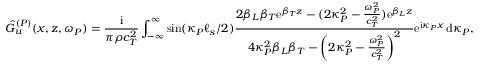
\hat { G } _ { u } ^ { ( P ) } ( x , z , \omega _ { P } ) = \frac { \mathrm { i } } { \pi \rho c _ { T } ^ { 2 } } \int _ { - \infty } ^ { \infty } \sin ( \kappa _ { P } \ell _ { s } / 2 ) \frac { 2 \beta _ { L } \beta _ { T } \mathrm { e } ^ { \beta _ { T } z } - ( 2 \kappa _ { P } ^ { 2 } - \frac { \omega _ { P } ^ { 2 } } { c _ { T } ^ { 2 } } ) \mathrm { e } ^ { \beta _ { L } z } } { 4 \kappa _ { P } ^ { 2 } \beta _ { L } \beta _ { T } - \left( 2 \kappa _ { P } ^ { 2 } - \frac { \omega _ { P } ^ { 2 } } { c _ { T } ^ { 2 } } \right) ^ { 2 } } \mathrm { e } ^ { \mathrm { i } \kappa _ { P } x } \, \mathrm { d } \kappa _ { P } ,